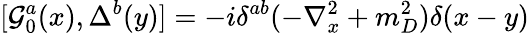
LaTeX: {[{\cal{G}}_{0}^{a}(x),\Delta^{b}(y)]}=-i\delta^{ab}(-\nabla_{x}^{2}+m_{D}^{2})\delta(x-y)